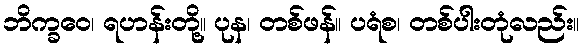
ဘိက္ခဝေ၊ ရဟန်းတို့။ ပုန၊ တစ်ဖန်။ ပရံစ၊ တစ်ပါးတုံလည်း။